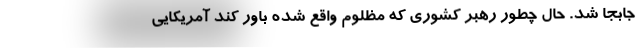
جابجا شد. حال چطور رهبر کشوری که مظلوم واقع شده باور کند آمریکایی